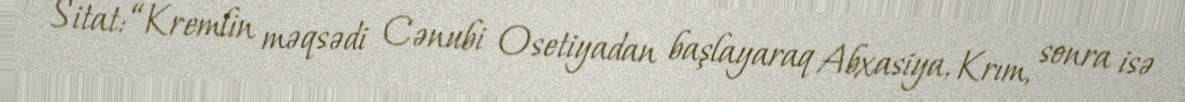
Sitat: “Kremlin məqsədi Cənubi Osetiyadan başlayaraq Abxasiya, Krım, sonra isə